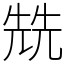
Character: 兟